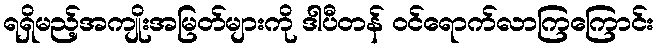
ရရှိမည့်အကျိုးအမြတ်များကို ဒါပီတန် ဝင်ရောက်လာကြကြောင်း